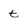
Character: t